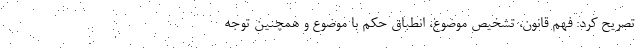
تصریح کرد: فهم قانون، تشخیص موضوع، انطباق حکم با موضوع و همچنین توجه